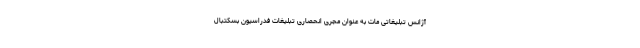
آژانس تبلیغاتی مات به عنوان مجری انحصاری تبلیغات فدراسیون بسکتبال